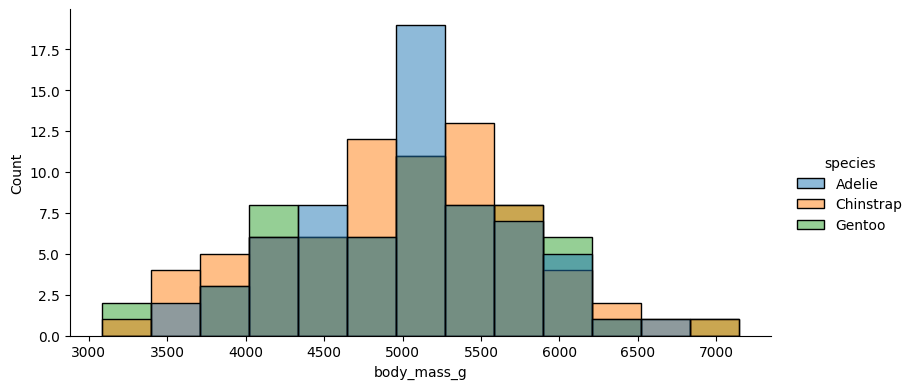
python, seaborn, displot, kind='hist', column='body_mass_g', hue='species', height=4, aspect=2.0